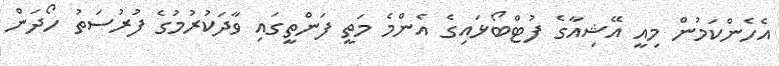
އެހެންކަމުން މިއީ އޭޝިއާގެ ފުޓްބޯޅައިގެ އެންމެ މަތީ ފަންތީގައި ވާދަކުރުމުގެ ފުރުސަތު ހޯދަން